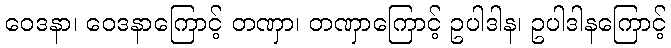
ဝေဒနာ၊ ဝေဒနာကြောင့် တဏှာ၊ တဏှာကြောင့် ဥပါဒါန၊ ဥပါဒါနကြောင့်